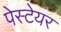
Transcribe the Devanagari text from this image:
पेस्टेयर